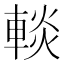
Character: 𨌹